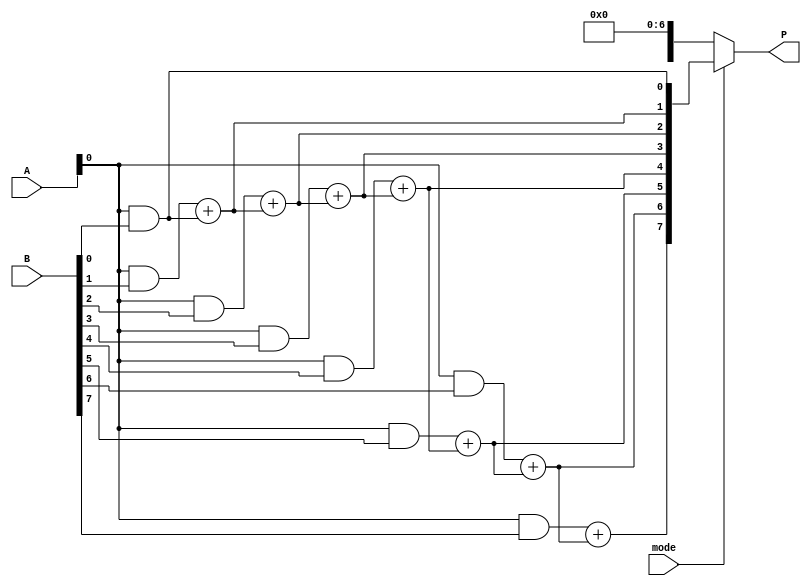
module dual_mode_multiplier #(parameter N = 8) (
    input [N-1:0] A,
    input [N-1:0] B,
    input mode, // 0 for Wallace Tree mode, 1 for Array mode
    output reg [2*N-1:0] P
);

    // Internal signals for partial products
    wire [N-1:0] partial_products[N-1:0];
    wire [2*N-1:0] array_product;
    wire [2*N-1:0] wallace_product;

    // Generate Partial Products
    genvar i, j;
    generate
        for (i = 0; i < N; i = i + 1) begin : pp_gen
            assign partial_products[i] = A & {N{B[i]}};
        end
    endgenerate

    // Array Multiplier
    wire [2*N-1:0] sum_array;
    assign array_product = sum_array; // Placeholder for array product logic

    // Array Multiplier Logic (simple ripple carry adder)
    // This is a simplified version, a full implementation would require more detail
    generate
        for (i = 0; i < N; i = i + 1) begin : array_add
            if (i == 0) begin
                assign sum_array[i] = partial_products[i][0];
            end else begin
                assign sum_array[i] = partial_products[i][0] + sum_array[i-1];
            end
        end
    endgenerate

    // Wallace Tree Multiplier Logic
    // This is a simplified version, a full implementation would require more detail
    wire [N:0] wallace_sum[0:N-1]; // Intermediate sums for Wallace Tree
    wire [N:0] wallace_final_sum; // Final sum for Wallace Tree

    // Wallace Tree Reduction Logic (simplified)
    generate
        for (i = 0; i < N; i = i + 1) begin : wallace_reduction
            if (i == 0) begin
                assign wallace_sum[i] = {1'b0, partial_products[i]};
            end else begin
                assign wallace_sum[i] = wallace_sum[i-1] + {1'b0, partial_products[i]};
            end
        end
    endgenerate

    assign wallace_product = wallace_final_sum; // Placeholder for Wallace product logic

    // Output Multiplexer
    always @(*) begin
        if (mode == 1'b0) begin
            P = wallace_product; // Wallace Tree mode
        end else begin
            P = array_product; // Array mode
        end
    end

endmodule